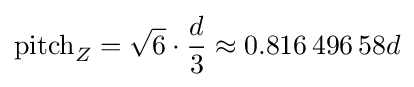
{\text{pitch}}_{Z}={\sqrt {6}}\cdot {d \over 3}\approx 0.816\,496\,58d